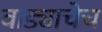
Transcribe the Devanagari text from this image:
वाड्याचेच